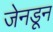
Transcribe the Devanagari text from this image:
जेनडून